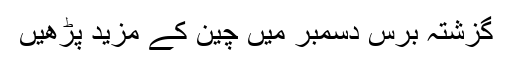
گزشتہ برس دسمبر میں چین کے مزید پڑھیں